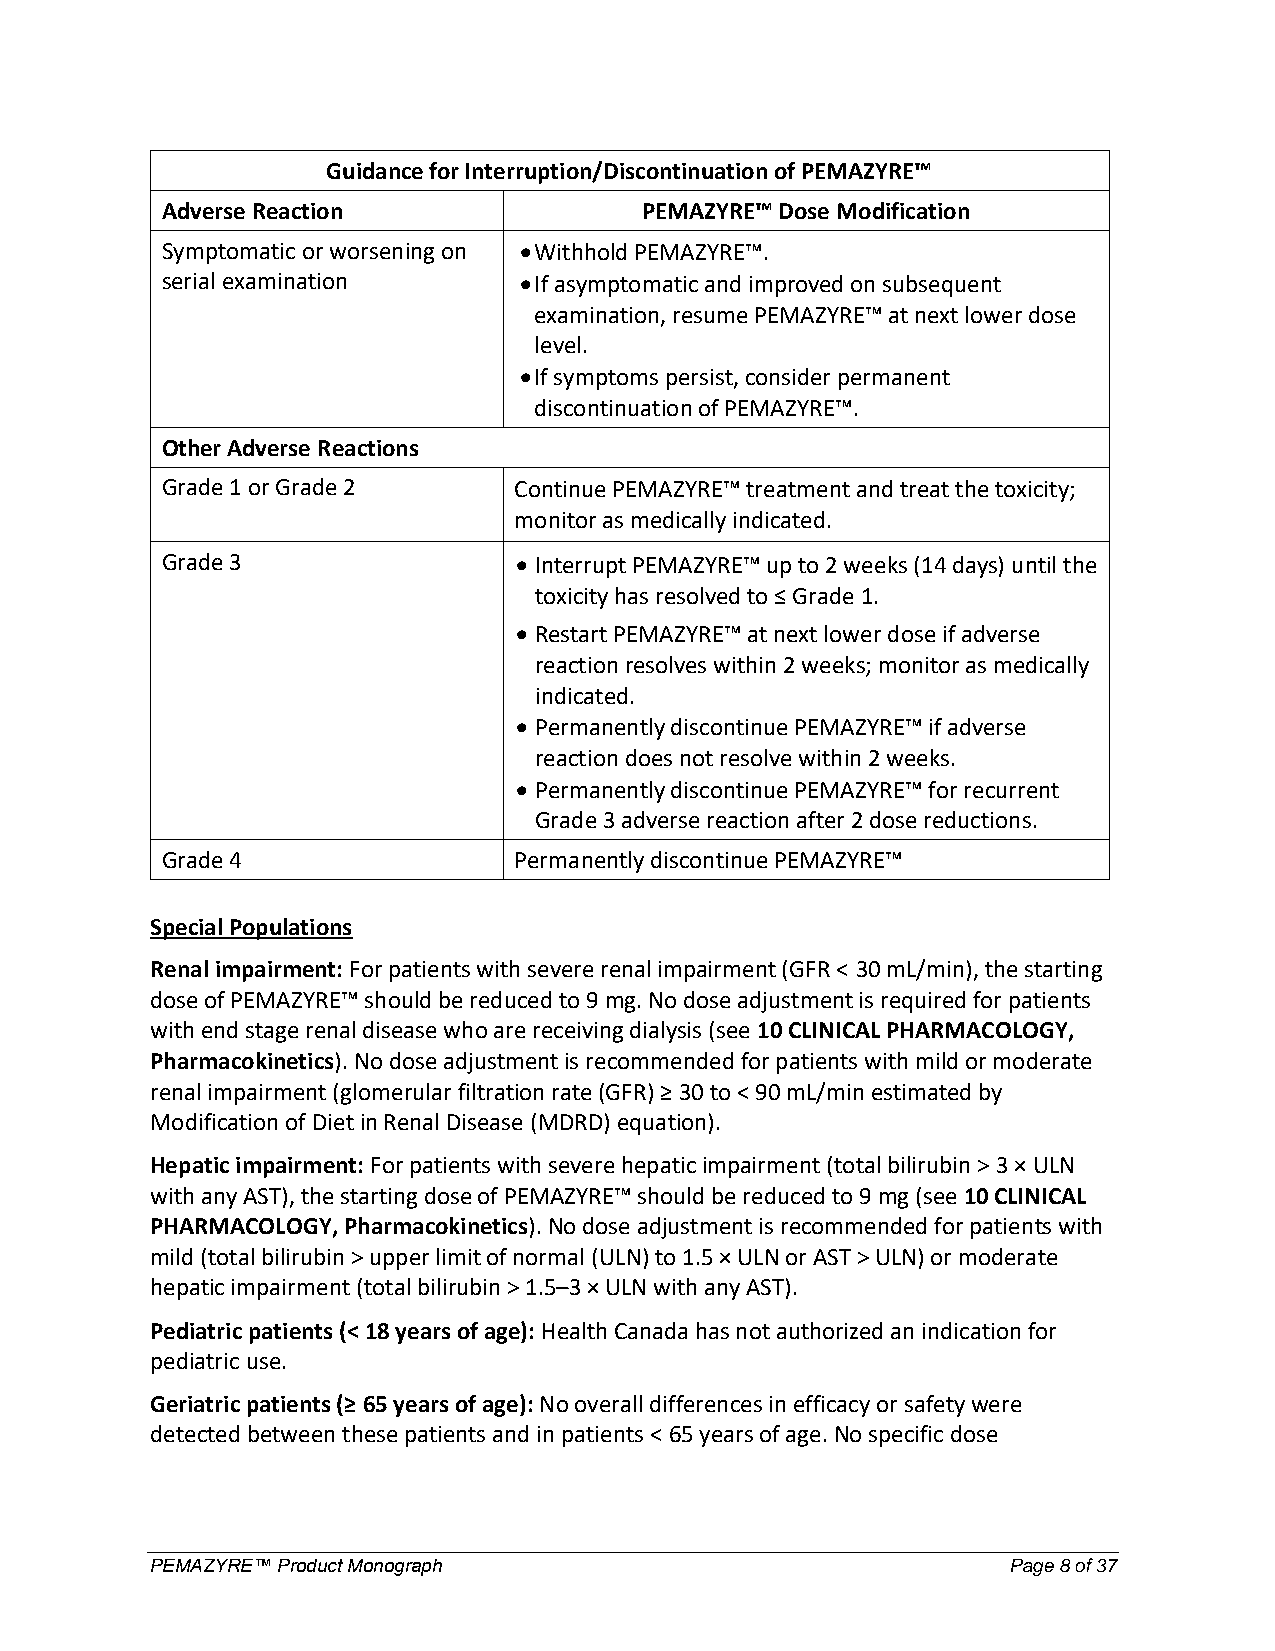
Guidance for Interruption/Discontinuation of PEMAZYRE™
 Adverse Reaction                PEMAZYRE™ Dose Modification
 Symptomatic or worsening on  Withhold PEMAZYRE™.
 serial examination      If asymptomatic and improved on subsequent
 examination, resume PEMAZYRE™ at next lower dose
 level.
  If symptoms persist, consider permanent
 discontinuation of PEMAZYRE™.
 Other Adverse Reactions
 Grade 1 or Grade 2     Continue PEMAZYRE™ treatment and treat the toxicity;
 monitor as medically indicated.
 Grade 3                 Interrupt PEMAZYRE™ up to 2 weeks (14 days) until the
 toxicity has resolved to ≤ Grade 1.
  Restart PEMAZYRE™ at next lower dose if adverse
 reaction resolves within 2 weeks; monitor as medically
 indicated.
  Permanently discontinue PEMAZYRE™ if adverse
 reaction does not resolve within 2 weeks.
  Permanently discontinue PEMAZYRE™ for recurrent
 Grade 3 adverse reaction after 2 dose reductions.
 Grade 4                Permanently discontinue PEMAZYRE™
 Special Populations
 Renal impairment: For patients with severe renal impairment (GFR < 30 mL/min), the starting
 dose of PEMAZYRE™ should be reduced to 9 mg. No dose adjustment is required for patients
 with end stage renal disease who are receiving dialysis (see 10 CLINICAL PHARMACOLOGY,
 Pharmacokinetics). No dose adjustment is recommended for patients with mild or moderate
 renal impairment (glomerular filtration rate (GFR) ≥ 30 to < 90 mL/min estimated by
 Modification of Diet in Renal Disease (MDRD) equation).
 Hepatic impairment: For patients with severe hepatic impairment (total bilirubin > 3 × ULN
 with any AST), the starting dose of PEMAZYRE™ should be reduced to 9 mg (see 10 CLINICAL
 PHARMACOLOGY, Pharmacokinetics). No dose adjustment is recommended for patients with
 mild (total bilirubin > upper limit of normal (ULN) to 1.5 × ULN or AST > ULN) or moderate
 hepatic impairment (total bilirubin > 1.5–3 × ULN with any AST).
 Pediatric patients (< 18 years of age): Health Canada has not authorized an indication for
 pediatric use.
 Geriatric patients (≥ 65 years of age): No overall differences in efficacy or safety were
 detected between these patients and in patients < 65 years of age. No specific dose
 PEMAZYRE™ Product Monograph                              Page 8 of 37